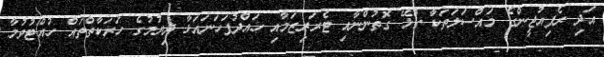
އަދި ރެފިއުޖީންގެ މައްސަލަތަކާ ގުޅޭ ގޮތުންނާއި ޓެރަރިޒަމާއި ހައްދުފަހަނައަޅާ ދިޔުމުގެ ހަރަކާތްތައް ހުއްޓުވުމާ